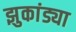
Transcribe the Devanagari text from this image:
झुकांड्या